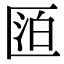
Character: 𠥋